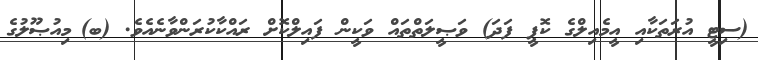
(ސިޓީ އުރަތަކާއި އީމެއިލްގެ ކޮޕީ ފަދަ) ވަޞީލަތްތައް ވަކީން ފައިލްކޮށް ރައްކާކުރަންވާނެއެވެ. (ބ)	މިއުޞޫލުގެ